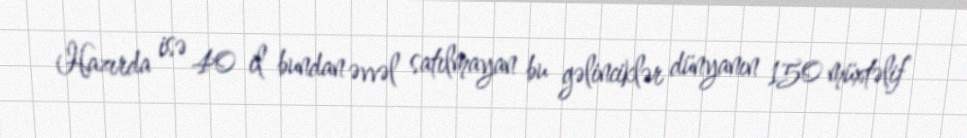
Hazırda isə 40 il bundan əvvəl satılmayan bu gəlinciklər dünyanın 150 müxtəlif